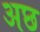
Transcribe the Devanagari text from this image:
अछ